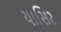
યાસિર